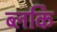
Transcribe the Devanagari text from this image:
ब्लकि